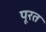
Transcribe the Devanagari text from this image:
पूरत